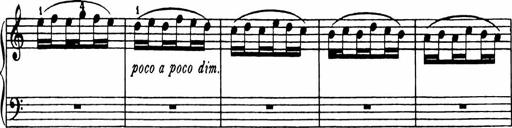
Title: Analytical Sonatinas
Composer: Frank Lynes